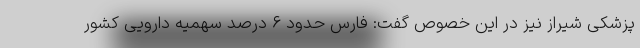
پزشکی شیراز نیز در این خصوص گفت: فارس حدود ۶ درصد سهمیه دارویی کشور